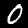
Label: 0